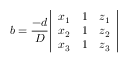
b = { \frac { - d } { D } } { \left| \begin{array} { l l l } { x _ { 1 } } & { 1 } & { z _ { 1 } } \\ { x _ { 2 } } & { 1 } & { z _ { 2 } } \\ { x _ { 3 } } & { 1 } & { z _ { 3 } } \end{array} \right| }